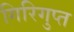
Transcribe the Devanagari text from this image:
गिरिगुप्त